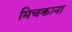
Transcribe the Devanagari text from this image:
मिचकाना